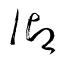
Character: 御